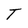
Character: T